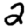
Digit: 2